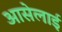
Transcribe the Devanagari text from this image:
आसेलाई